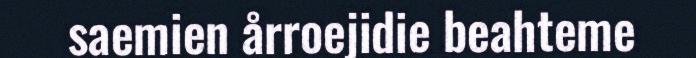
saemien årroejidie beahteme